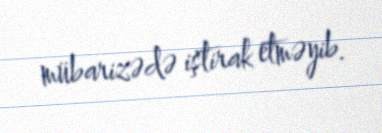
mübarizədə iştirak etməyib.